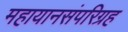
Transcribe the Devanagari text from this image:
महायानसंपरिग्रह